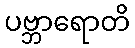
ပဗ္ဘာရောတိ